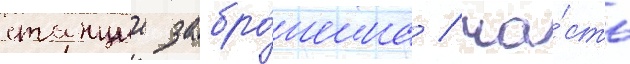
станции забро́шена / ча́сть